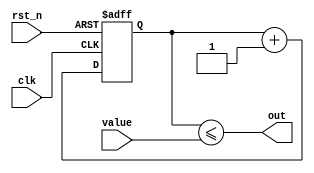
module pwm(clk, rst_n, value, out);
    parameter BITS = 8;

    input clk;
    input rst_n;
    input [BITS-1:0] value;
    output out;

    reg [BITS-1:0] count;

    always@(posedge clk or negedge rst_n)
    begin
        if(!rst_n)
            count <= 0;
        else
            count <= count + 1;
    end

    assign out = count <= value;

endmodule